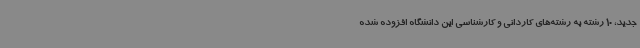
جدید، 10 رشته به رشته‌های کاردانی و کارشناسی این دانشگاه افزوده شده